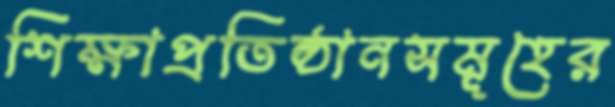
শিক্ষাপ্রতিষ্ঠানসমূহের